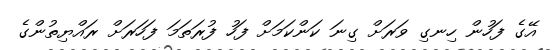
އޭގެ ފަހުން ހިނގި ވަރަށް ގިނަ ކަންކަމަށް ފަހު ފުރަތަމަ ފަހަރަށް ރައްޔިތުންގެ